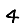
Digit: 4